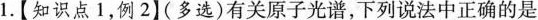
1.【知识点1，例2】(多选)有关原子光谱，下列说法中正确的是